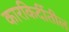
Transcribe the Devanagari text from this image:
कारकिर्दीतील